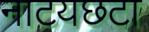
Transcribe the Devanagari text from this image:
नाटयछटा